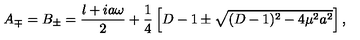
A _ { \mp } = B _ { \pm } = \frac { l + i a \omega } { 2 } + \frac { 1 } { 4 } \left[ D - 1 \pm \sqrt { ( D - 1 ) ^ { 2 } - 4 \mu ^ { 2 } a ^ { 2 } } \right] ,